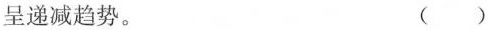
呈递减趋势。()